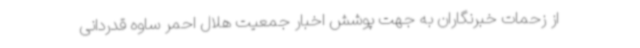
از زحمات خبرنگاران به جهت پوشش اخبار جمعیت هلال احمر ساوه قدردانی